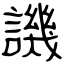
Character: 譏